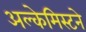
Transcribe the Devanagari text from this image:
अल्केमिस्टने